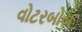
વોટરબોય